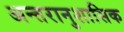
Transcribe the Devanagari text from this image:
अन्तरानुशासिक